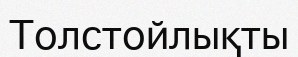
Толстойлықты